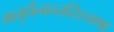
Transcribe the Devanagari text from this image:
मनुर्धन्वन्तरिस्तथा